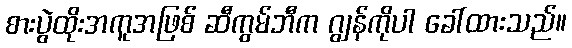
စားပွဲထိုးအကူအဖြစ် ဆီကွမ်ဘီက ဂျွန်ကိုပါ ခေါ်ထားသည်။